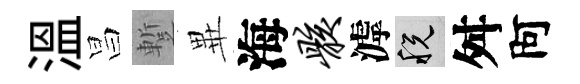
溫昌蹔𭺾海骸滹税舛阿